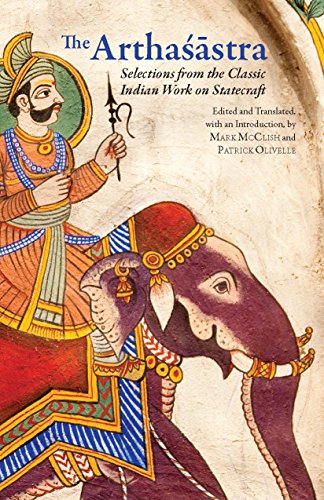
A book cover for The Arthasastra: Selections from the Classic Indian Work on Statecraft (Hackett Classics); Patrick Olivelle; History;